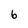
Character: 6